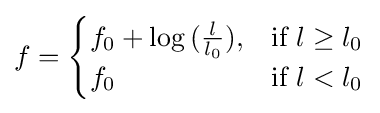
f={\begin{cases}f_{0}+\log {({\frac {l}{l_{0}}})},&{\text{if }}l\geq l_{0}\\f_{0}&{\text{if }}l<l_{0}\\\end{cases}}